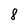
Character: 8